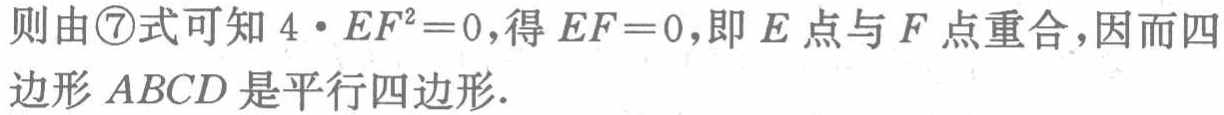
则由\textcircled{7}式可知 \(4\cdot EF^{2}=0\)，得 \(EF = 0\)，即 \(E\) 点与 \(F\) 点重合，因而四边形 \(ABCD\) 是平行四边形.